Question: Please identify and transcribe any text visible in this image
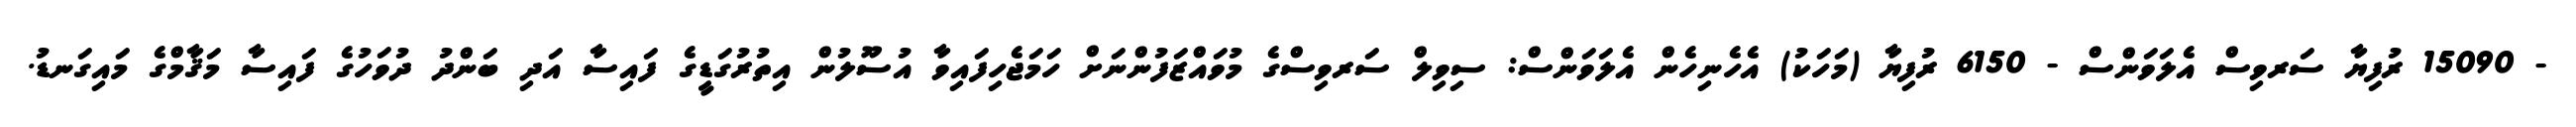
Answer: - 15090 ރުފިޔާ ސަރވިސް އެލަވަންސް - 6150 ރުފިޔާ (މަހަކު) އެހެނިހެން އެލަވަންސް: ސިވިލް ސަރވިސްގެ މުވައްޒަފުންނަށް ހަމަޖެހިފައިވާ އުސޫލުން އިތުރުގަޑީގެ ފައިސާ އަދި ބަންދު ދުވަހުގެ ފައިސާ މަޤާމްގެ މައިގަނޑު.